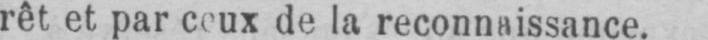
de la reconnaissance.